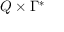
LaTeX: Q \times \Gamma ^ { * }